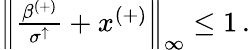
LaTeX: \begin{array}{r}{\left\lVert\frac{\beta^{(+)}}{\sigma^{\uparrow}}+x^{(+)}\right\rVert_{\infty}\leq 1\, .}\end{array}